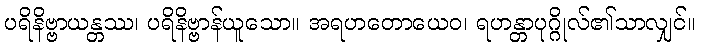
ပရိနိဗ္ဗာယန္တဿ၊ ပရိနိဗ္ဗာန်ယူသော။ အရဟတောယေဝ၊ ရဟန္တာပုဂ္ဂိုလ်၏သာလျှင်။